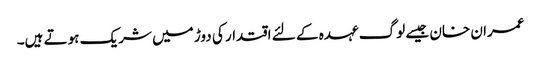
عمران خان جیسے لوگ عہدہ کے لئے اقتدار کی دوڑ میں شریک ہوتے ہیں۔